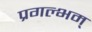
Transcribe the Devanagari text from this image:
प्रगल्भम्